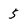
Character: 5